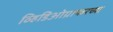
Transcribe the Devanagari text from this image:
व्हिडिओग्राफरच्या